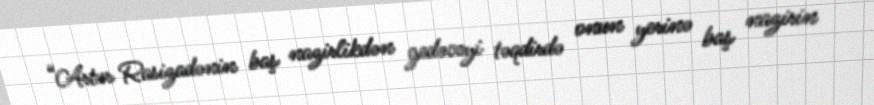
“Artur Rasizadənin baş nazirlikdən gedəcəyi təqdirdə onun yerinə baş nazirin